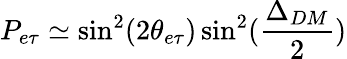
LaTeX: P_{e\tau}\simeq\sin^{2}(2\theta_{e\tau})\sin^{2}(\frac{\Delta_{DM}}{2})